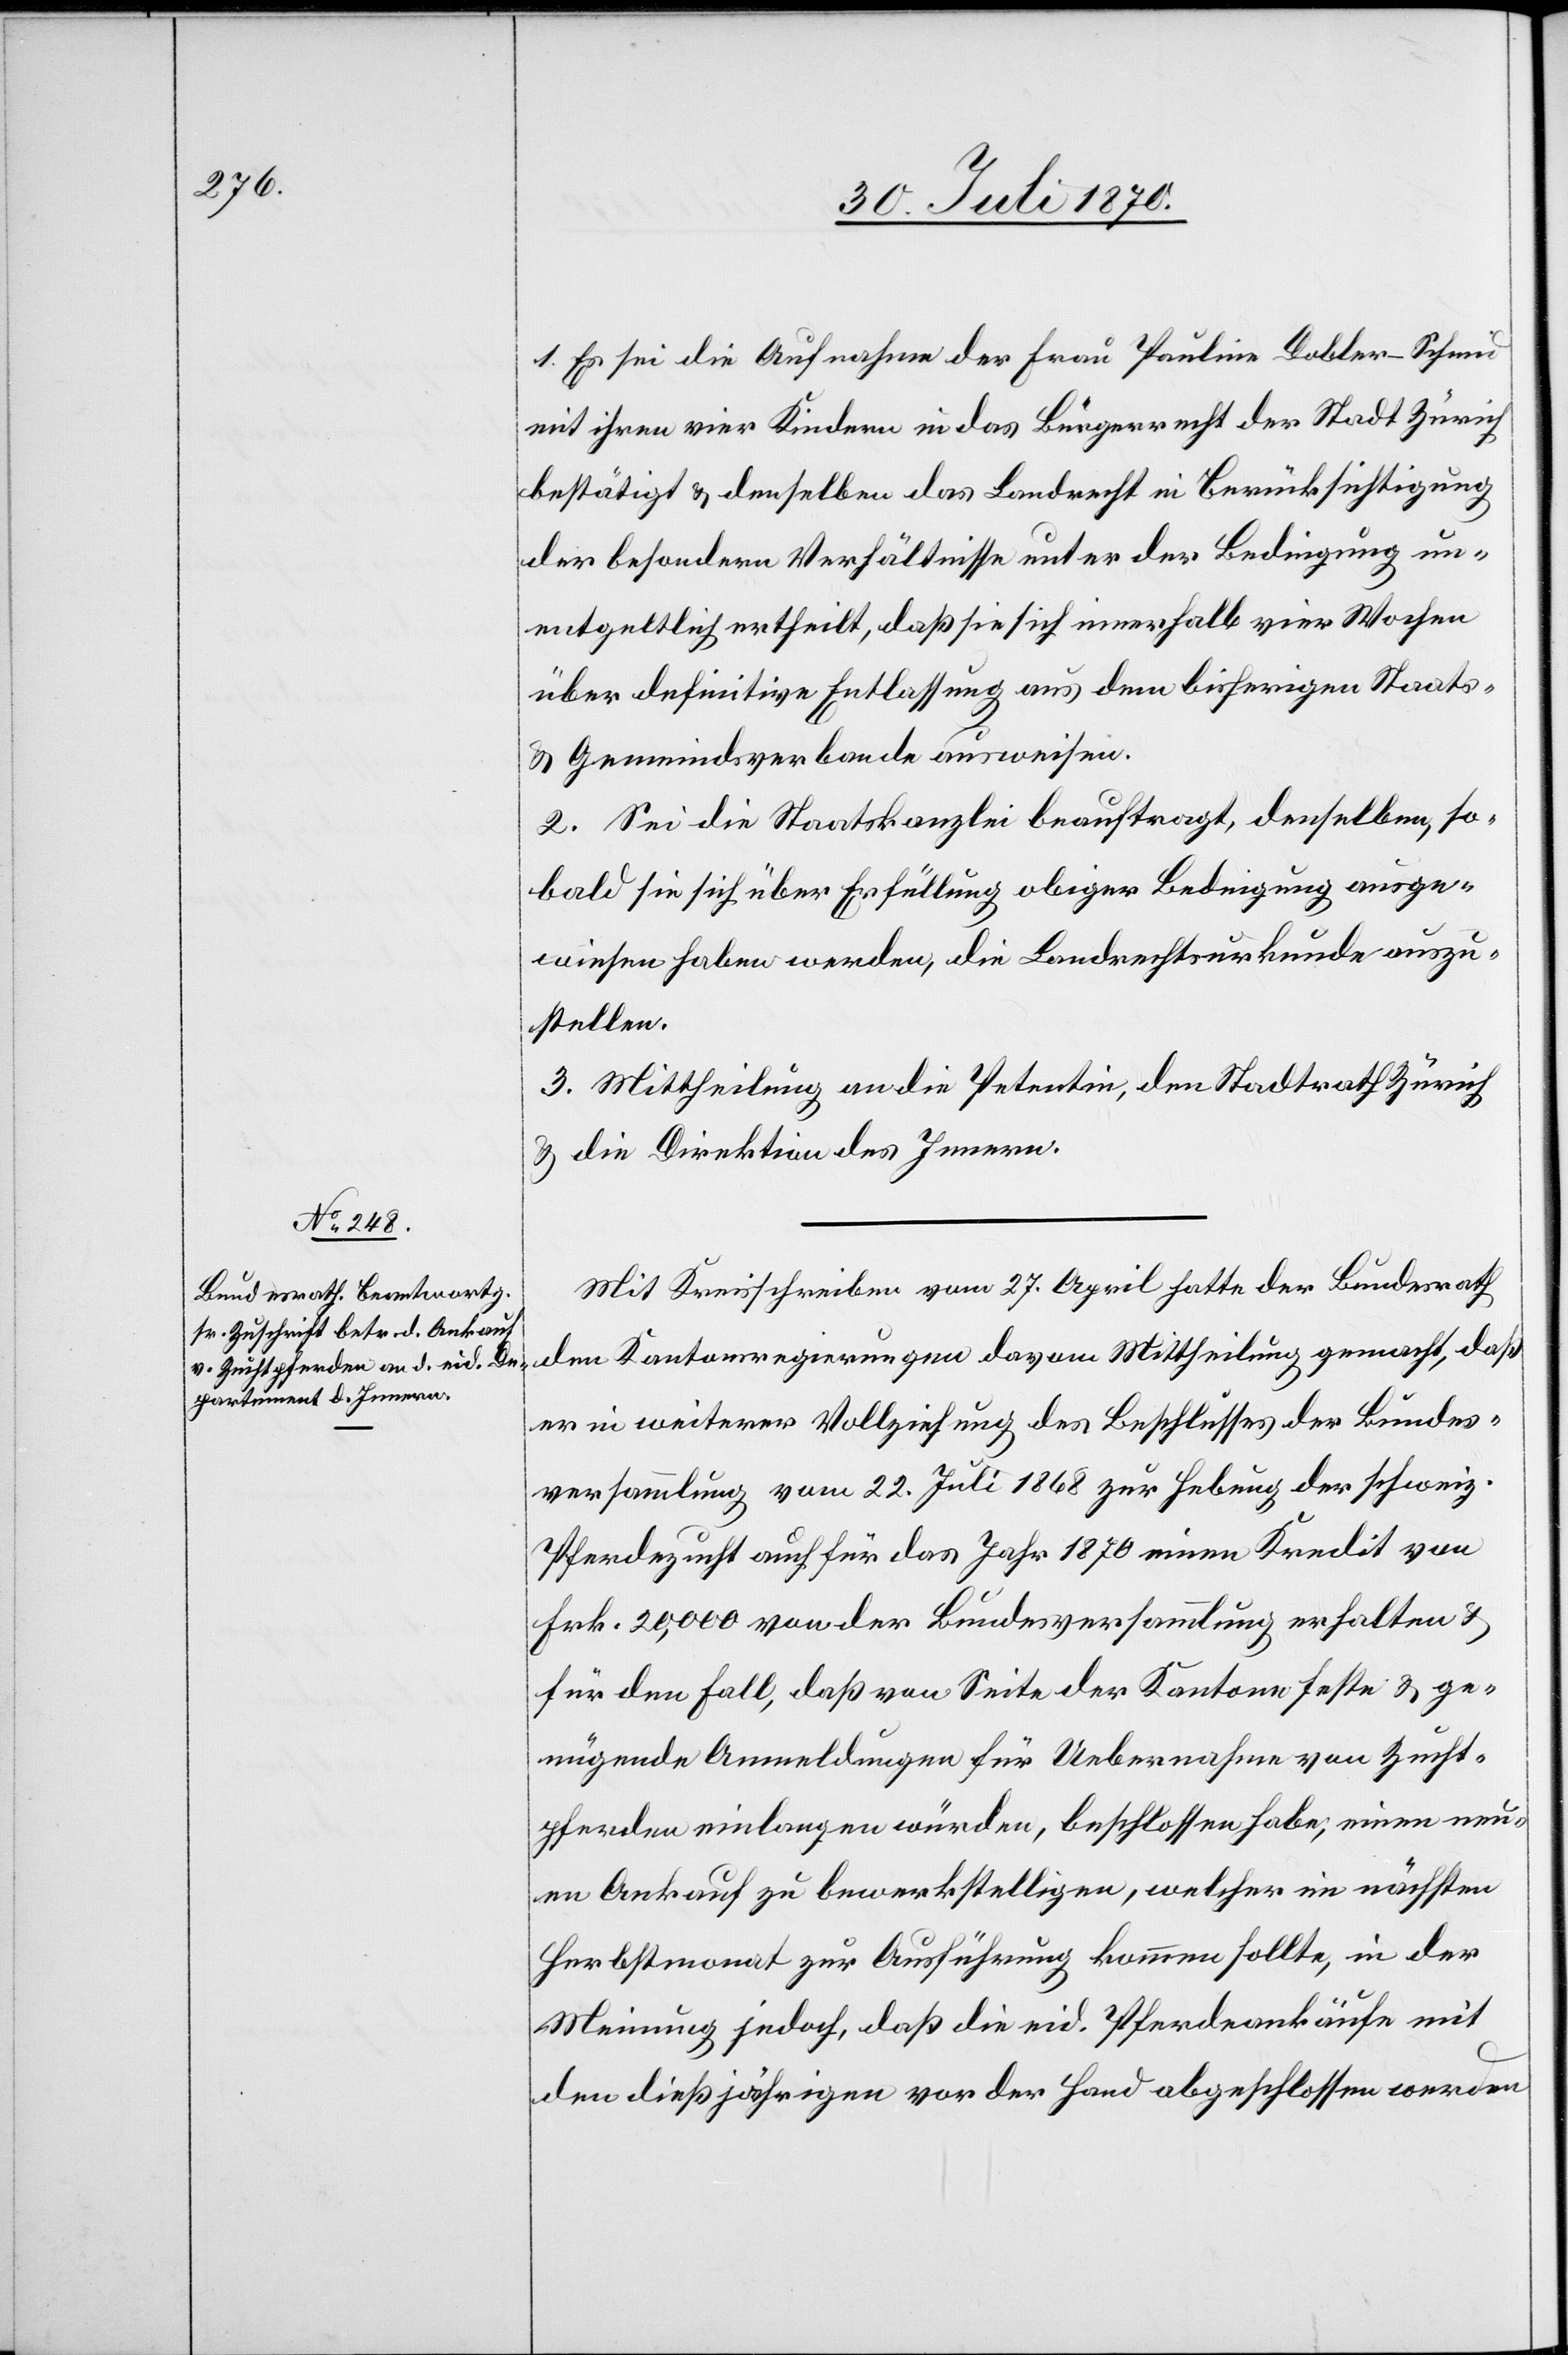
1. Es sei die Aufnahme der Frau Pauline Dobler-Schmid
mit ihren vier Kindern in das Bürgerrecht der Stadt Zürich
bestätigt & denselben das Landrecht in Berücksichtigung
der besondern Verhältnisse unter der Bedingung un¬
entgeltlich ertheilt, daß sie sich innerhalb vier Wochen
über definitive Entlassung aus dem bisherigen Staats-
& Gemeindeverbande ausweisen.
2. Sei die Staatskanzlei beauftragt, denselben, so¬
bald sie sich über Erfüllung obiger Bedingung ausge¬
wiesen haben werden, die Landrechtsurkunde auszu¬
stellen.
3. Mittheilung an die Petentin, den Stadtrath Zürich
& die Direktion des Innern.
Mit Kreisschreiben vom 27. April hatte der Bundesrath
den Kantonsregierungen davon Mittheilung gemacht, daß
er in weiterer Vollziehung des Beschlusses der Bundes¬
versammlung vom 22. Juli 1868 zur Hebung der schweiz.
Pferdezucht auch für das Jahr 1870 einen Kredit von
Frk. 20,000 von der Bundesversammlung erhalten &
für den Fall, daß von Seite der Kantone feste & ge¬
nügende Anmeldungen für Uebernahme von Zucht¬
pferden einlangen würden, beschlossen habe, einen neu¬
en Ankauf zu bewerkstelligen, welcher im nächsten
Herbstmonat zur Ausführung kommen sollte, in der
Meinung jedoch, daß die eid. Pferdeankäufe mit
den dießjährigen vor der Hand abgeschlossen werden